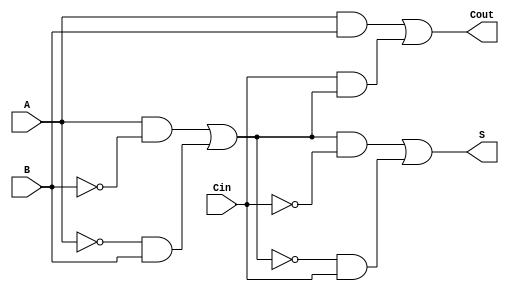
module TransmissionGateFullAdder (
    input wire A,      // First binary input
    input wire B,      // Second binary input
    input wire Cin,    // Carry input
    output wire S,     // Sum output
    output wire Cout    // Carry output
);

// Internal wires for intermediate signals
wire A_B_XOR;        // Intermediate signal for A  B
wire A_B_AND;        // Intermediate signal for A  B
wire Cin_A_B_XOR_AND; // Intermediate signal for Cin  (A  B)

// Transmission Gate for A  B
assign A_B_XOR = (A & ~B & 1'b1) | (~A & B & 1'b1); // A  B using transmission gates

// Transmission Gate for S = A  B  Cin
assign S = (A_B_XOR & ~Cin & 1'b1) | (~A_B_XOR & Cin & 1'b1); // S = A  B  Cin

// Transmission Gate for A  B
assign A_B_AND = A & B; // A  B using transmission gates

// Transmission Gate for Cin  (A  B)
assign Cin_A_B_XOR_AND = Cin & A_B_XOR; // Cin  (A  B) using transmission gates

// Carry output Cout = (A  B) + (Cin  (A  B))
assign Cout = A_B_AND | Cin_A_B_XOR_AND; // Cout using transmission gates

endmodule